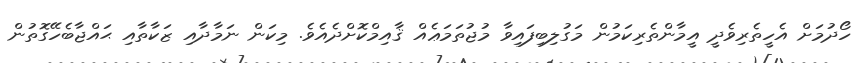
ހޯދުމަށް އެހީތެރިވެދީ އީމާންތެރިކަމުން މަގުލިބިފައިވާ މުޖުތަމަޢެއް ޤާއިމްކޮށްދެއެވެ. މިކަން ނަމާދާއި ޒަކާތާއި ޙައްޖާބެހޭގޮތުން